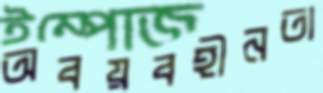
অবয়বহীনতা